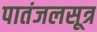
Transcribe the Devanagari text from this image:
पातंजलसूत्र